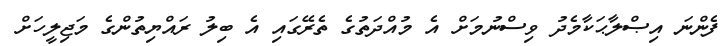
ފެންނަ އިޞްލާޙަކާމެދު ވިސްނުމަށް އެ މުއްދަތުގެ ތެރޭގައި އެ ބިލު ރައްޔިތުންގެ މަޖިލީހަށް